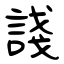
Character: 諓